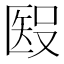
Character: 𥏏